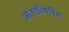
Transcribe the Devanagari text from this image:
अंतरविषयिक